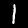
Digit: 1